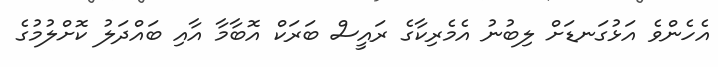
އެހެންވެ އަޅުގަނޑަށް ލިބުނު އެމެރިކާގެ ރައީސް ބަރަކް އޮބާމާ އާއި ބައްދަލު ކޮށްލުމުގެ